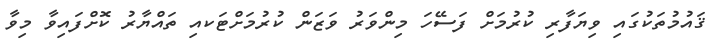
ޤައުމުތަކުގައި ވިޔަފާރި ކުރުމަށް ފަސޭހަ މިންވަރު ވަޒަން ކުރުމަށްޓަކއި ތައްޔާރު ކޮށްފައިވާ މިވާ